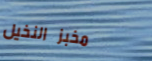
مخبز النخيل